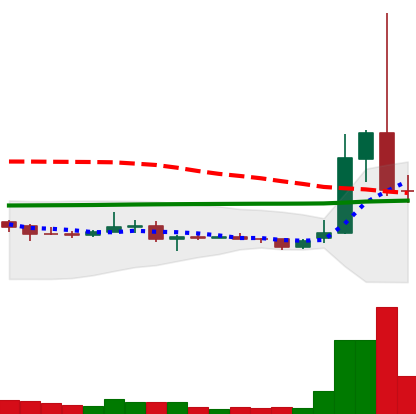
Ticker: XRP-USD
Chart end date: 2021-02-02
Forward return: 13.185%
Label: up_7plus